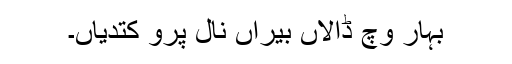
بہار وچ ڈالاں بیراں نال پرو کتدیاں۔